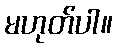
မဟုတ်ပါ။